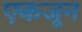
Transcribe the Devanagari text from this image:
एकजून